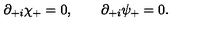
\partial _ { + i } \chi _ { + } = 0 , \qquad \partial _ { + i } \psi _ { + } = 0 .